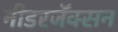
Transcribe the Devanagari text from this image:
नीडरजॅक्सन